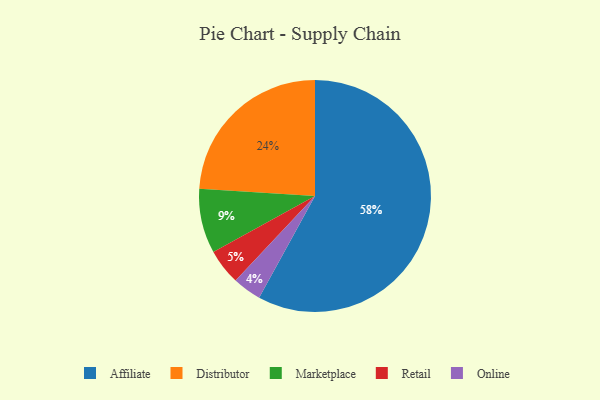
{"axis": {"x": "Category", "y": "Percentage"}, "legend": ["Affiliate", "Distributor", "Marketplace", "Online", "Retail"], "data": [{"x": "Affiliate", "y": 58, "type": "Affiliate"}, {"x": "Retail", "y": 5, "type": "Retail"}, {"x": "Online", "y": 4, "type": "Online"}, {"x": "Distributor", "y": 24, "type": "Distributor"}, {"x": "Marketplace", "y": 9, "type": "Marketplace"}]}